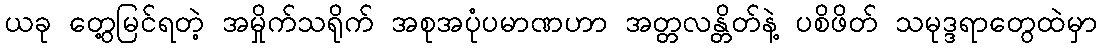
ယခု တွေ့မြင်ရတဲ့ အမှိုက်သရိုက် အစုအပုံပမာဏဟာ အတ္တလန္တိတ်နဲ့ ပစိဖိတ် သမုဒ္ဒရာတွေထဲမှာ